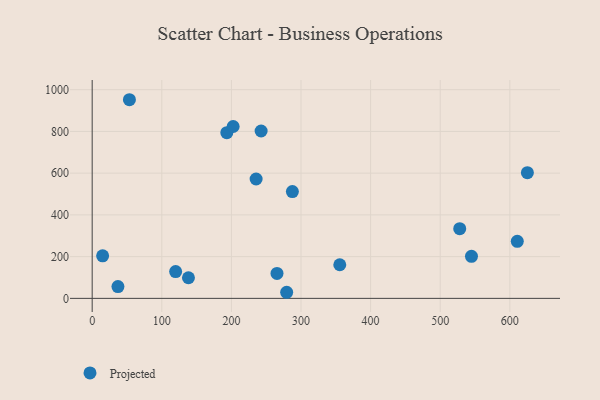
{"axis": {"x": "Distance", "y": "Fuel Efficiency"}, "legend": ["Projected"], "data": [{"x": "15.0", "y": 203.7, "type": "Projected"}, {"x": "279.4", "y": 29.2, "type": "Projected"}, {"x": "138.3", "y": 98.7, "type": "Projected"}, {"x": "625.2", "y": 602.3, "type": "Projected"}, {"x": "528.0", "y": 333.8, "type": "Projected"}, {"x": "242.7", "y": 802.2, "type": "Projected"}, {"x": "287.6", "y": 512.0, "type": "Projected"}, {"x": "193.4", "y": 793.9, "type": "Projected"}, {"x": "37.0", "y": 56.7, "type": "Projected"}, {"x": "119.9", "y": 128.3, "type": "Projected"}, {"x": "265.5", "y": 119.3, "type": "Projected"}, {"x": "53.5", "y": 952.0, "type": "Projected"}, {"x": "202.5", "y": 823.7, "type": "Projected"}, {"x": "235.5", "y": 572.1, "type": "Projected"}, {"x": "610.7", "y": 273.6, "type": "Projected"}, {"x": "544.9", "y": 201.3, "type": "Projected"}, {"x": "355.7", "y": 161.2, "type": "Projected"}]}